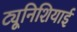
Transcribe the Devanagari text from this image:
ट्यूनिशियाई